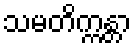
သမတိက္ကန္တာ